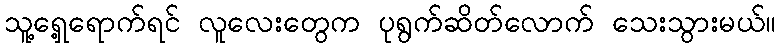
သူ့ရှေ့ရောက်ရင် လူလေးတွေက ပုရွက်ဆိတ်လောက် သေးသွားမယ်။